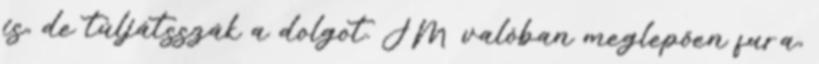
is, de túljátsszák a dolgot. JM valóban meglepően fura,